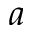
a